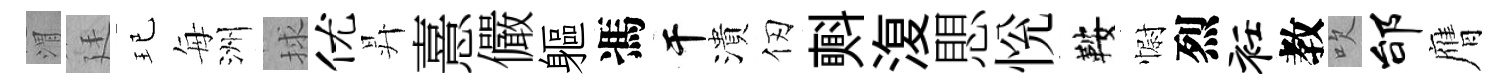
渭廷玘每洲捄优昇憙儼軀馮干潰仞㪺𣸪愳恱鞍𢠢烈衽教吹邰膺